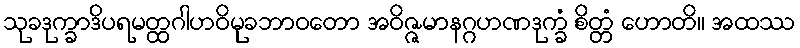
သုခဒုက္ခာဒိပရမတ္ထဂါဟဝိမုခဘာဝတော အဝိဇ္ဇမာနဂ္ဂဟဏဒုက္ခံ စိတ္တံ ဟောတိ။ အထဿ